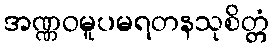
အဏ္ဏဝမူပမရတနသုစိတ္တံ